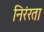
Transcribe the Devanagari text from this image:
निरंरता